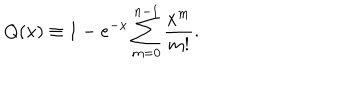
Q ( x ) \equiv 1 - e ^ { - x } \sum _ { m = 0 } ^ { n - 1 } { \frac { x ^ { m } } { m ! } } .